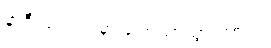
နာရီ သတင်းမှာ ကြေညာသွားတာပါ။